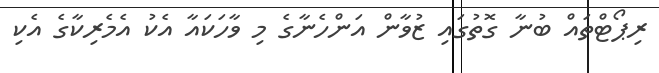
ރިޕޯޓްތައް ބުނާ ގޮތުގައި ޒުވާން އަންހެނާގެ މި ވާހަކައާ އެކު އެމެރިކާގެ އެކި